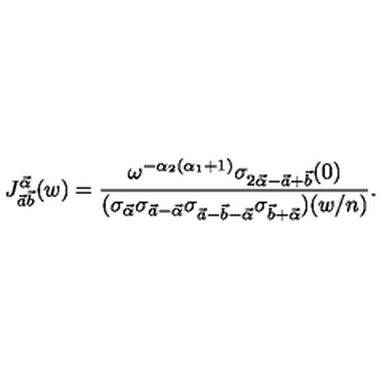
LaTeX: J _ { \vec { a } \vec { b } } ^ { \vec { \alpha } } ( w ) = \frac { \omega ^ { - \alpha _ { 2 } ( \alpha _ { 1 } + 1 ) } \sigma _ { 2 \vec { \alpha } - \vec { a } + \vec { b } } ( 0 ) } { ( \sigma _ { \vec { \alpha } } \sigma _ { \vec { a } - \vec { \alpha } } \sigma _ { \vec { a } - \vec { b } - \vec { \alpha } } \sigma _ { \vec { b } + \vec { \alpha } } ) ( w / n ) } .